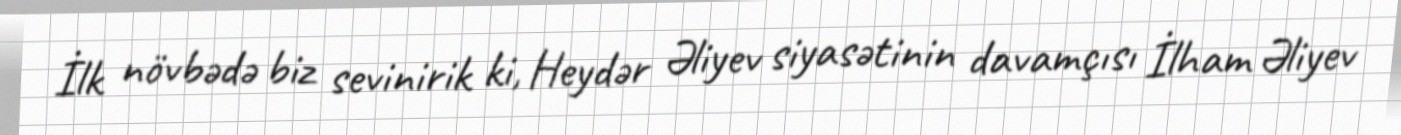
İlk növbədə biz sevinirik ki, Heydər Əliyev siyasətinin davamçısı İlham Əliyev